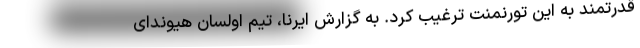
قدرتمند به این تورنمنت ترغیب کرد. به گزارش ایرنا، تیم اولسان هیوندای